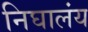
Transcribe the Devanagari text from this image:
निघालंंय